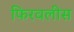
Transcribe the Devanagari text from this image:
फिरवलीस